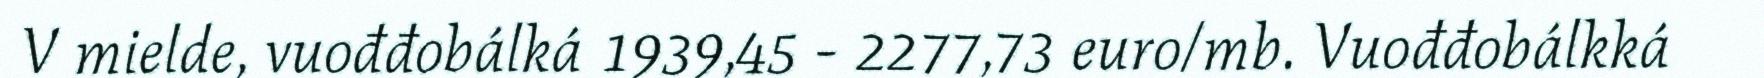
V mielde, vuođđobálká 1939,45 - 2277,73 euro/mb. Vuođđobálkká